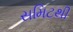
સમિટથી